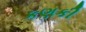
કણકી